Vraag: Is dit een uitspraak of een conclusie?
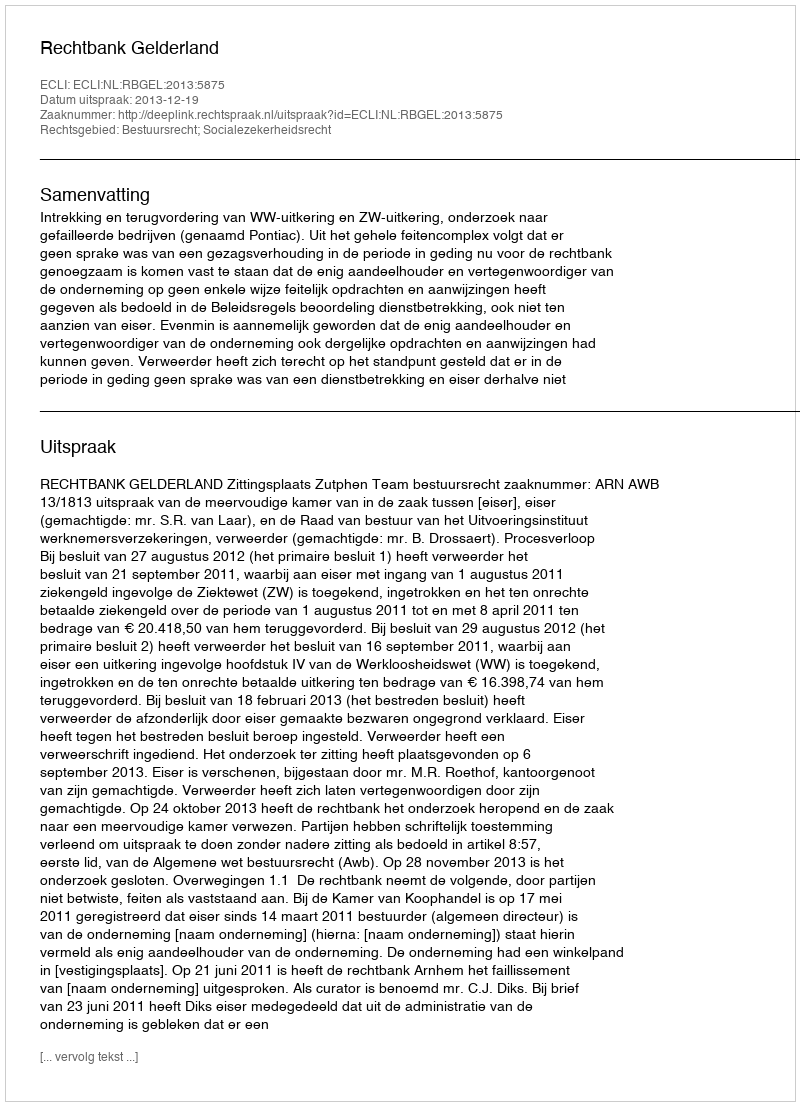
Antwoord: Uitspraak